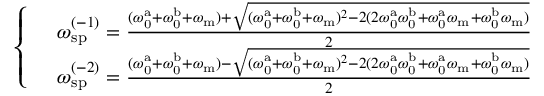
\begin{array} { r l } & { \left\{ \begin{array} { l l } & { \omega _ { \mathrm { s p } } ^ { ( - 1 ) } = \frac { ( \omega _ { \mathrm { 0 } } ^ { \mathrm { a } } + \omega _ { \mathrm { 0 } } ^ { \mathrm { b } } + \omega _ { \mathrm { m } } ) + \sqrt { ( \omega _ { \mathrm { 0 } } ^ { \mathrm { a } } + \omega _ { \mathrm { 0 } } ^ { \mathrm { b } } + \omega _ { \mathrm { m } } ) ^ { 2 } - 2 ( 2 \omega _ { \mathrm { 0 } } ^ { \mathrm { a } } \omega _ { \mathrm { 0 } } ^ { \mathrm { b } } + \omega _ { \mathrm { 0 } } ^ { \mathrm { a } } \omega _ { \mathrm { m } } + \omega _ { \mathrm { 0 } } ^ { \mathrm { b } } \omega _ { \mathrm { m } } ) } } { 2 } } \\ & { \omega _ { \mathrm { s p } } ^ { ( - 2 ) } = \frac { ( \omega _ { \mathrm { 0 } } ^ { \mathrm { a } } + \omega _ { \mathrm { 0 } } ^ { \mathrm { b } } + \omega _ { \mathrm { m } } ) - \sqrt { ( \omega _ { \mathrm { 0 } } ^ { \mathrm { a } } + \omega _ { \mathrm { 0 } } ^ { \mathrm { b } } + \omega _ { \mathrm { m } } ) ^ { 2 } - 2 ( 2 \omega _ { \mathrm { 0 } } ^ { \mathrm { a } } \omega _ { \mathrm { 0 } } ^ { \mathrm { b } } + \omega _ { \mathrm { 0 } } ^ { \mathrm { a } } \omega _ { \mathrm { m } } + \omega _ { \mathrm { 0 } } ^ { \mathrm { b } } \omega _ { \mathrm { m } } ) } } { 2 } } \end{array} \right. } \end{array}